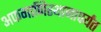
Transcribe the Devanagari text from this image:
अफगाणिस्थानापर्यंत